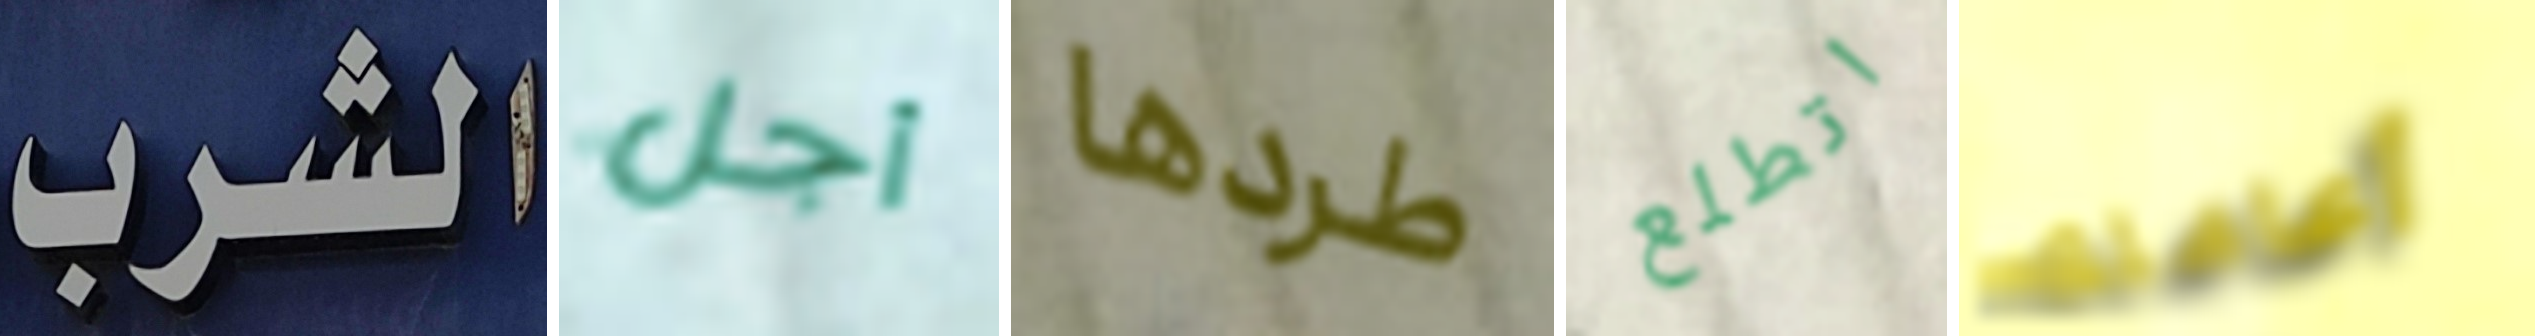
الشرب أجل طردها اتطلع أعاملك